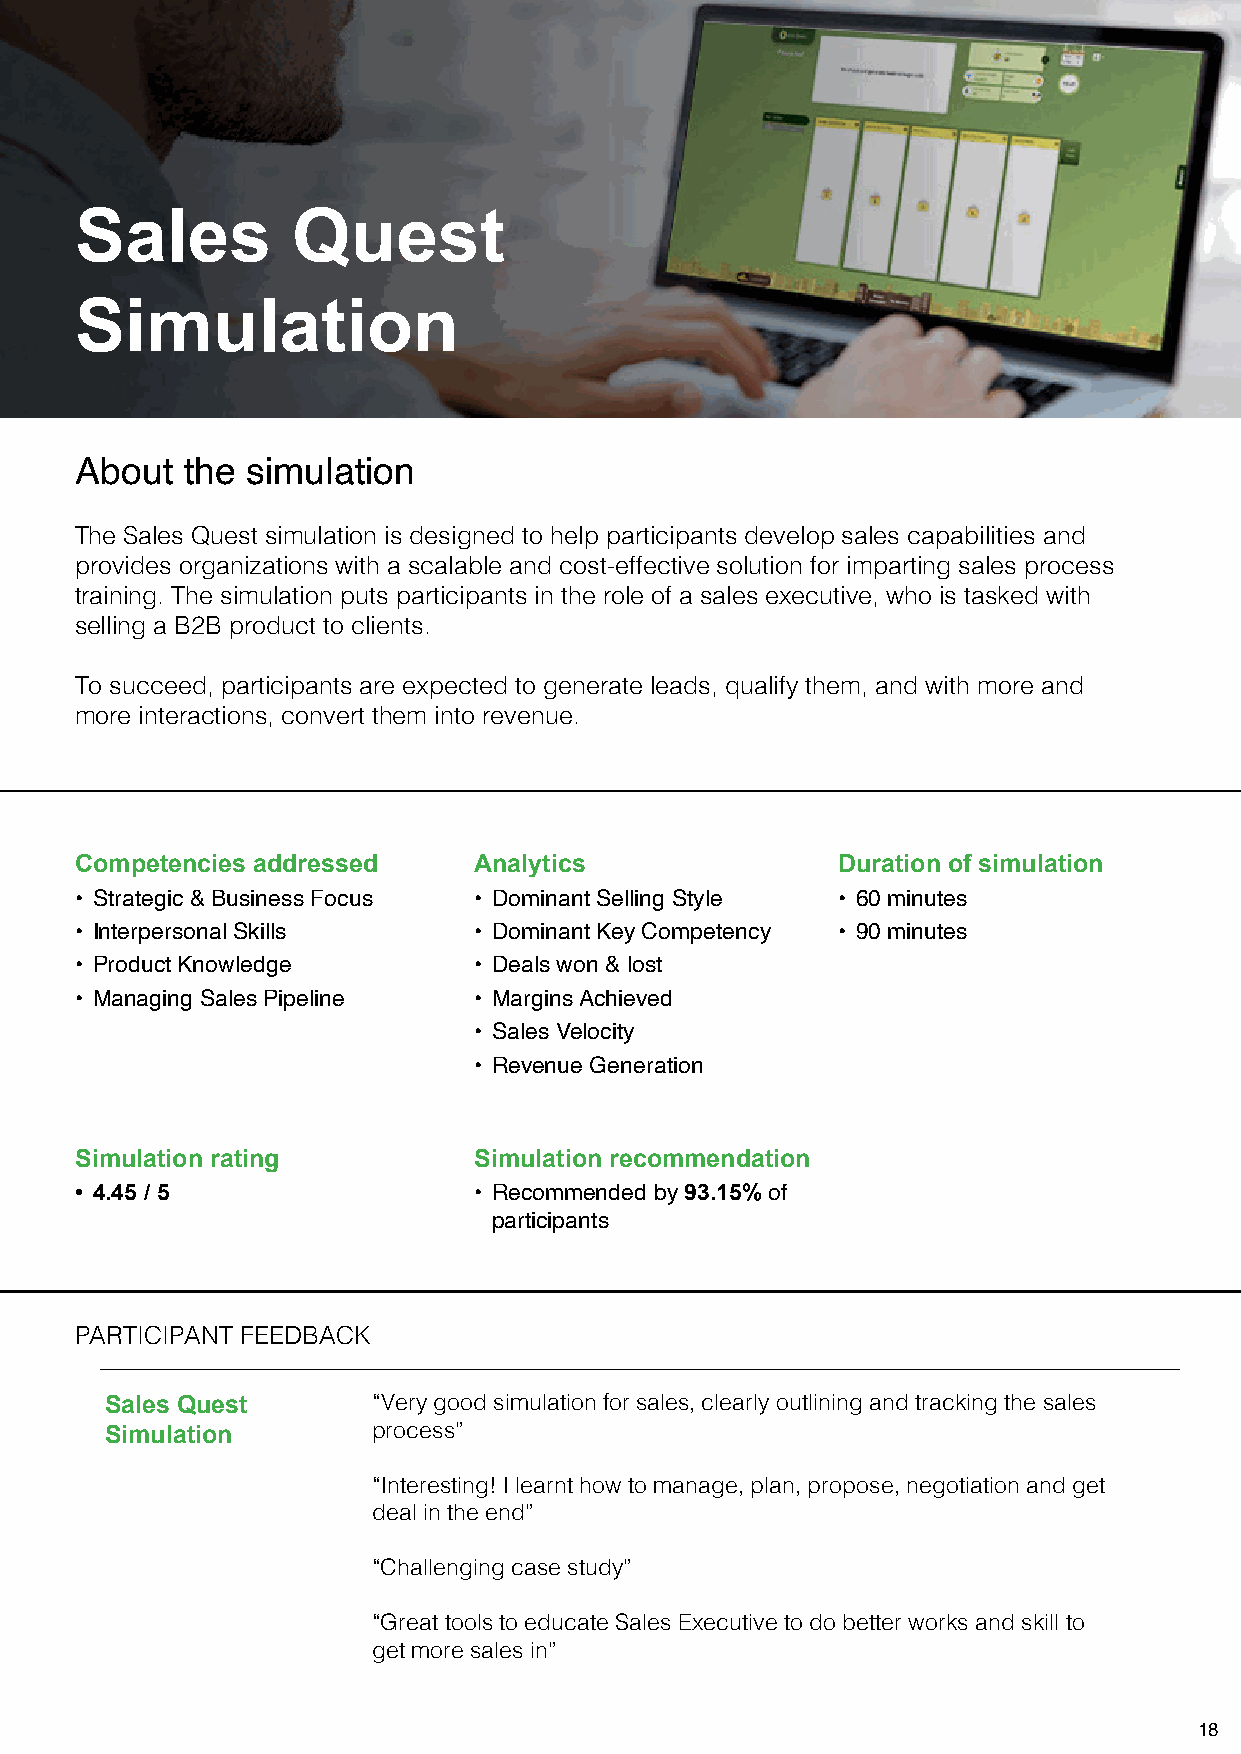
Sales         Quest
 Simulation
 About  the simulation
 The Sales Quest simulation is designed to help participants develop sales capabilities and
 provides organizations with a scalable and cost-effective solution for imparting sales process
 training. The simulation puts participants in the role of a sales executive, who is tasked with
 selling a B2B product to clients.
 To succeed, participants are expected to generate leads, qualify them, and with more and
 more interactions, convert them into revenue.
 Competencies addressed    Analytics               Duration of simulation
 • Strategic & Business Focus • Dominant Selling Style • 60 minutes
 • Interpersonal Skills    • Dominant Key Competency • 90 minutes
 • Product Knowledge       • Deals won & lost
 • Managing Sales Pipeline • Margins Achieved
 • Sales Velocity
 • Revenue Generation
 Simulation rating         Simulation recommendation
 • 4.45 / 5                • Recommended by 93.15% of
 participants
 PARTICIPANT FEEDBACK
 Sales Quest       “Very good simulation for sales, clearly outlining and tracking the sales
 Simulation        process”
 “Interesting! I learnt how to manage, plan, propose, negotiation and get
 deal in the end”
 “Challenging case study”
 “Great tools to educate Sales Executive to do better works and skill to
 get more sales in”
 18